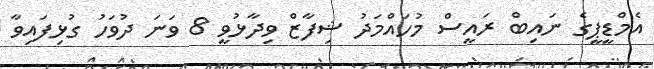
އެމްޑީޕީގެ ނައިބް ރައީސް މުހައްމަދު ޝިފާޒް ވިދާޅުވީ 8 ވަނަ ދުވަހު ގުޅިފައިވާ